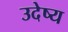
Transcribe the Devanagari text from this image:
उदेष्य